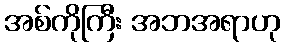
အစ်ကိုကြီး အဘအရာဟု